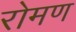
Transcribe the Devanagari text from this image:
रोमण